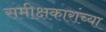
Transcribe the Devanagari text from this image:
समीक्षकारांच्या